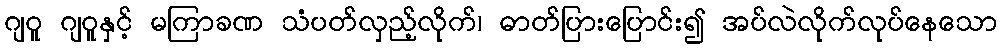
ဂျဝူ ဂျဝူနှင့် မကြာခဏ သံပတ်လှည့်လိုက်၊ ဓာတ်ပြားပြောင်း၍ အပ်လဲလိုက်လုပ်နေသော